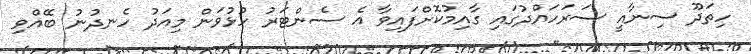
ހިތަދޫ ސިނާއީ ސަރަހައްދުގައި ގާއިމުކޮށްފައިވާ އެ ސެންޓަރު ހުޅުވަން މިއަދު ހެނދުނު ބޭއްވި